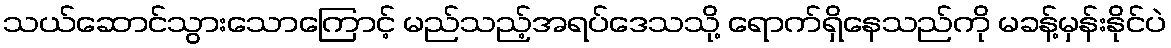
သယ်ဆောင်သွားသောကြောင့် မည်သည့်အရပ်ဒေသသို့ ရောက်ရှိနေသည်ကို မခန့်မှန်းနိုင်ပဲ